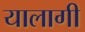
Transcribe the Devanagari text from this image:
यालागी